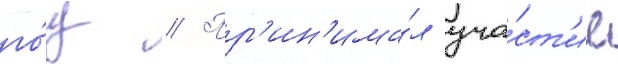
го́д // Пр'ин'има́л уча́ст'ие